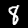
Digit: 8